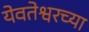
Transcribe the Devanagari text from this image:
येवतेश्वरच्या